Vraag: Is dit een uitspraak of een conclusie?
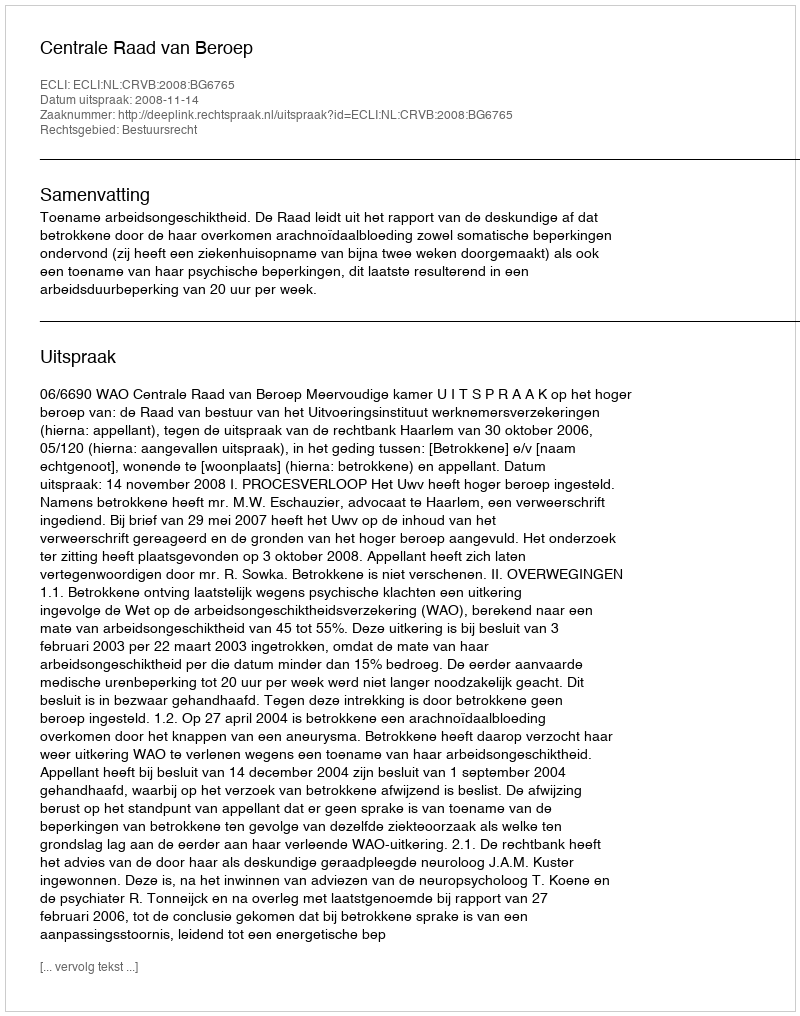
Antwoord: Uitspraak